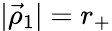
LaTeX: |\vec{\rho}_{1}|=r_{+}